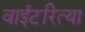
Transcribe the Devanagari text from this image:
वाईटरित्या